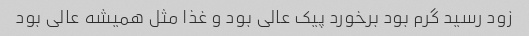
زود رسید گرم بود برخورد پیک عالی بود و غذا مثل همیشه عالی بود